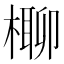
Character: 𣘪